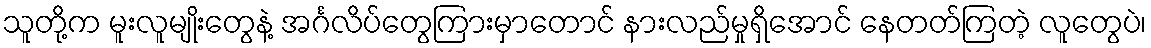
သူတို့က မူးလူမျိုးတွေနဲ့ အင်္ဂလိပ်တွေကြားမှာတောင် နားလည်မှုရှိအောင် နေတတ်ကြတဲ့ လူတွေပဲ၊